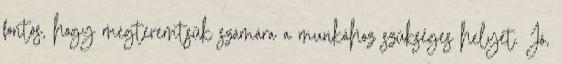
fontos, hogy megteremtsük számára a munkához szükséges helyet. Jó,